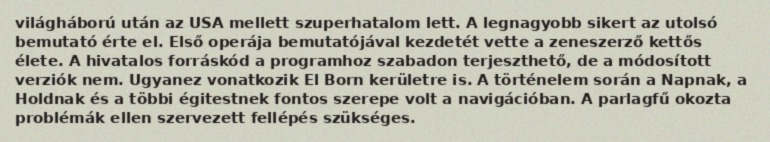
világháború után az USA mellett szuperhatalom lett. A legnagyobb sikert az utolsó bemutató érte el. Első operája bemutatójával kezdetét vette a zeneszerző kettős élete. A hivatalos forráskód a programhoz szabadon terjeszthető, de a módosított verziók nem. Ugyanez vonatkozik El Born kerületre is. A történelem során a Napnak, a Holdnak és a többi égitestnek fontos szerepe volt a navigációban. A parlagfű okozta problémák ellen szervezett fellépés szükséges.